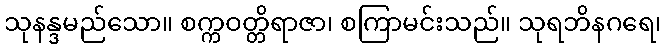
သုနန္ဒမည်သော။ စက္ကဝတ္တိရာဇာ၊ စကြာမင်းသည်။ သုရဘိနဂရေ၊